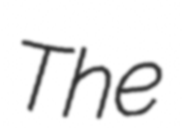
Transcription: The